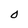
Character: 0